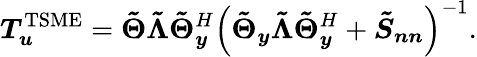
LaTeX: \boldsymbol{T}_{\boldsymbol{u}}^{\mathrm{TSME}}=\boldsymbol{\tilde{\Theta}}\boldsymbol{\tilde{\Lambda}}\boldsymbol{\tilde{\Theta}}_{\boldsymbol{y}}^{H}\left(\boldsymbol{\tilde{\Theta}_{y}}\boldsymbol{\tilde{\Lambda}}\boldsymbol{\tilde{\Theta}}_{\boldsymbol{y}}^{H}+\boldsymbol{\tilde{S}_{nn}}\right)^{-1}.